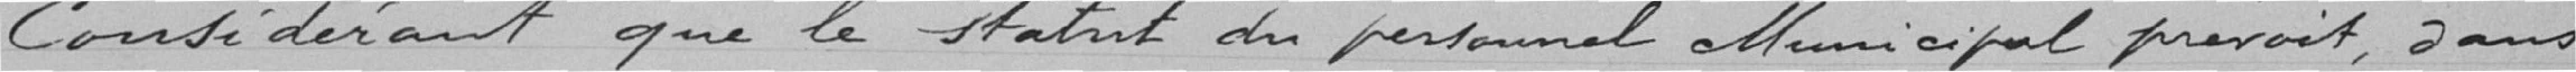
Considérant que le statut du personnel municipal prévoit, dans